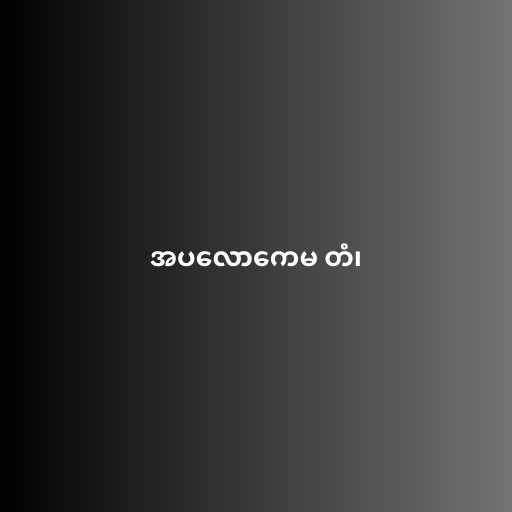
အပလောကေမ တံ၊